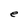
Character: e